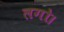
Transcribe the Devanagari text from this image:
लगो।